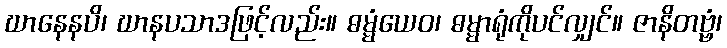
ဃာနေနပိ၊ ဃာနပသာဒဖြင့်လည်း။ ဓမ္မံယေဝ၊ ဓမ္မာရုံကိုပင်လျှင်။ ဇာနိတဗ္ဗံ၊